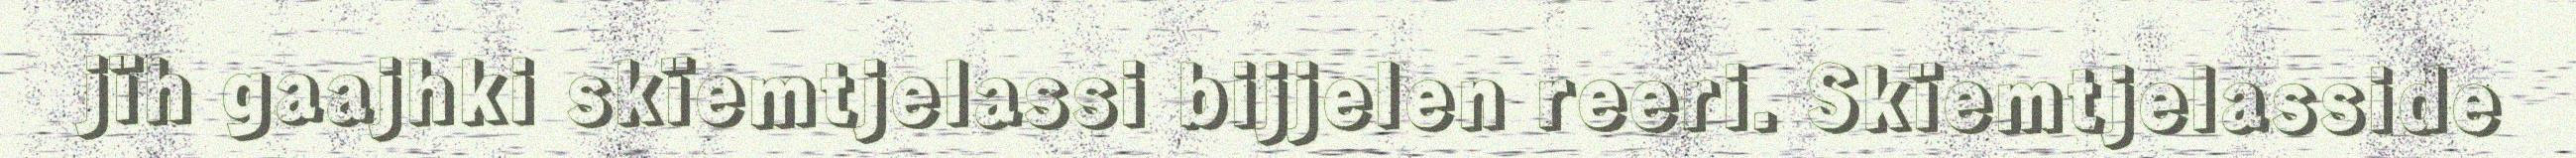
jïh gaajhki skïemtjelassi bijjelen reeri. Skïemtjelasside